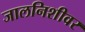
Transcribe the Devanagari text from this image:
जालनिशीवर